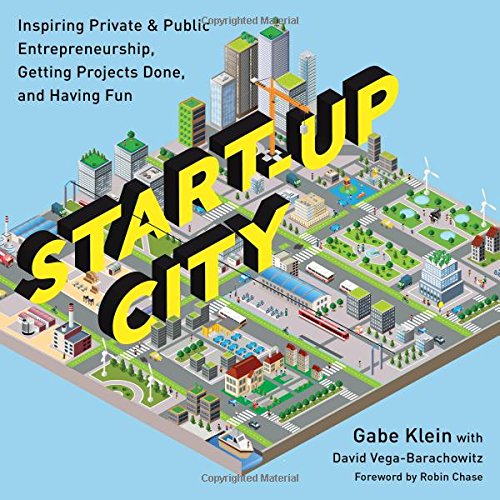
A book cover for Start-Up City: Inspiring Private and Public Entrepreneurship, Getting Projects Done, and Having Fun; Gabe Klein; Arts & Photography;